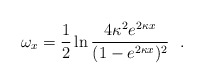
\begin{align*} \omega_{x}=\frac{1}{2}\ln\frac{4\kappa^{2}e^{2\kappa x}}{(1-e^{2\kappa x})^{2}}~~.\end{align*}